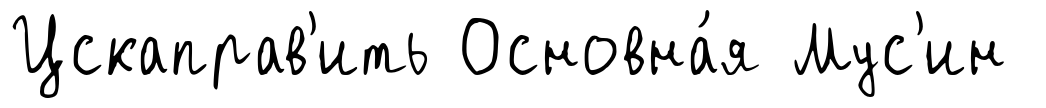
Цскаправ'ить Основна́я Мус'ин